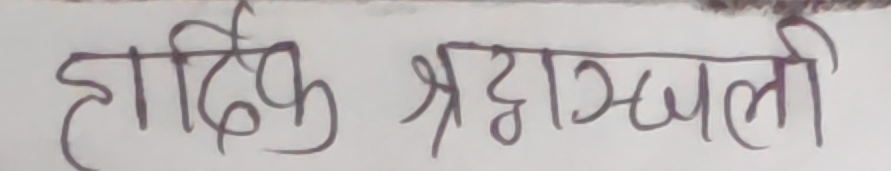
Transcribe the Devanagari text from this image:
हार्दिक श्रद्धाञ्जली